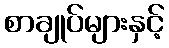
စာချုပ်များနှင့်